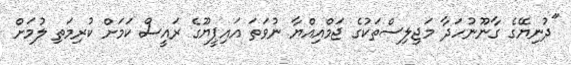
"ދުނިޔޭގެ ގާނޫނުހަދާ މަޖިލިސްތަކުގެ ޖަމްއިއްޔާ ނުވަތަ އައިޕީޔޫގެ ރައީސް ކަމަށް ކުރިމަތި ލުމަށް